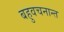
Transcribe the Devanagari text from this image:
बहुवचनान्त